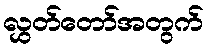
လွှတ်တော်အတွက်